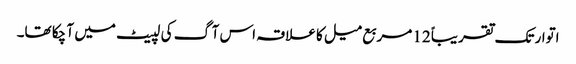
اتوار تک تقریباً 12 مربع میل کا علاقہ اس آگ کی لپیٹ میں آ چکا تھا۔